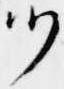
ツ